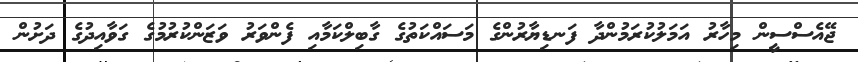
ޖޭއެސްސީން މިހާރު އަމަލުކުރަމުންދާ ފަނޑިޔާރުންގެ މަސައްކަތުގެ ގާބިލްކަމާއި ފެންވަރު ވަޒަންކުރުމުގެ ގަވާއިދުގެ ދަށުން